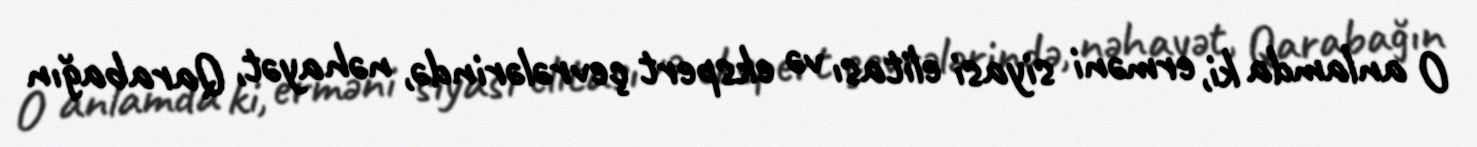
O anlamda ki, erməni siyasi elitası və ekspert çevrələrində, nəhayət, Qarabağın